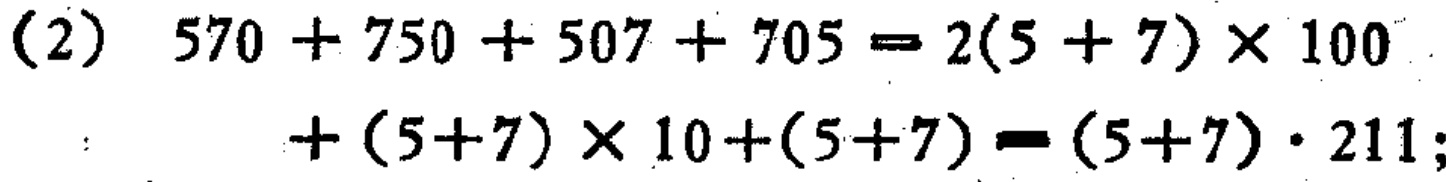
(2) \(570 + 750 + 507 + 705 = 2(5 + 7)\times100+(5 + 7)\times10+(5 + 7)=(5 + 7)\cdot211\);